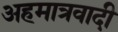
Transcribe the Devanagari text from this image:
अहमात्रवादी